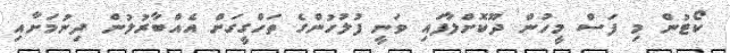
ކޯޓުން މި ފަސް މީހުން ދޫކޮށްލާފައި ވަނީ ފުލުހުންގެ ތަހްގީގަށް އެއްބާރުލުން ދިނުމަށާއި